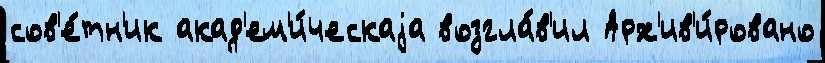
сов'е́тн'ик акад'ем'и́ческаjа возгла́в'ил Арх'ив'и́ровано